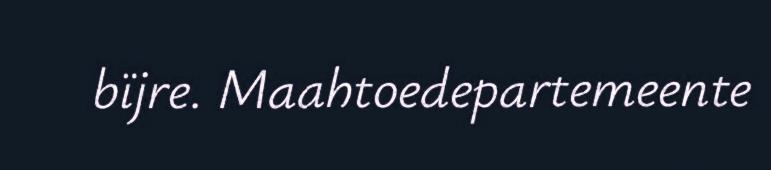
bïjre. Maahtoedepartemeente